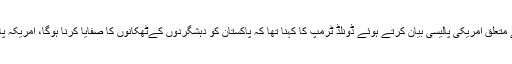
اس سے قبل گذشتہ برس اگست میں بھی میں افغانستان اور جنوبی ایشیا سے متعلق امریکی پالیسی بیان کرتے ہوئے ڈونلڈ ٹرمپ کا کہنا تھا کہ پاکستان کو دہشگردوں کےٹھکانوں کا صفایا کرنا ہوگا، امریکہ پاکستان کو اربوں ڈالر دیتا رہا ہے، پاکستان کو فوری اقدامات کرنا ہوں گے۔